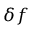
\delta f